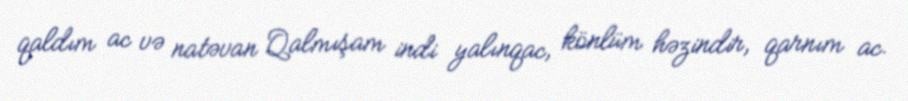
qaldım ac və natəvan Qalmışam indi yalınqac, könlüm həzindir, qarnım ac.